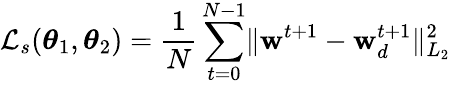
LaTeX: \mathcal{L}_{s}(\boldsymbol{\theta}_{1},\boldsymbol{\theta}_{2})=\frac{1}{N}\sum_{t=0}^{N-1}\lVert\mathbf{w}^{t+1}-\mathbf{w}_{d}^{t+1}\rVert_{L_{2}}^{2}